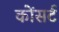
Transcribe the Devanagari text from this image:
कोंसर्ट